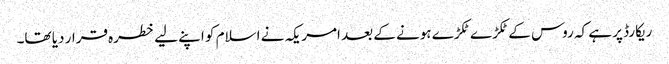
ریکارڈ پر ہے کہ روس کے ٹکڑے ٹکڑے ہونے کے بعد امریکہ نے اسلام کو اپنے لیے خطرہ قرار دیا تھا۔